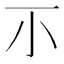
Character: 𡭕